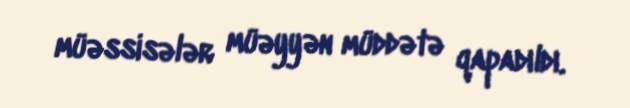
müəssisələr müəyyən müddətə qapadıldı.